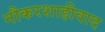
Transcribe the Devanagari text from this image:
नौकरशाहीवाद